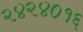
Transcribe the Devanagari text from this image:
२४२४०१६